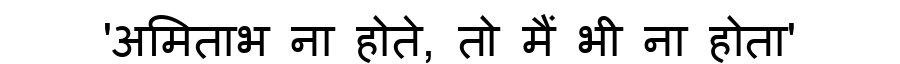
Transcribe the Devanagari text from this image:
'अमिताभ ना होते, तो मैं भी ना होता'